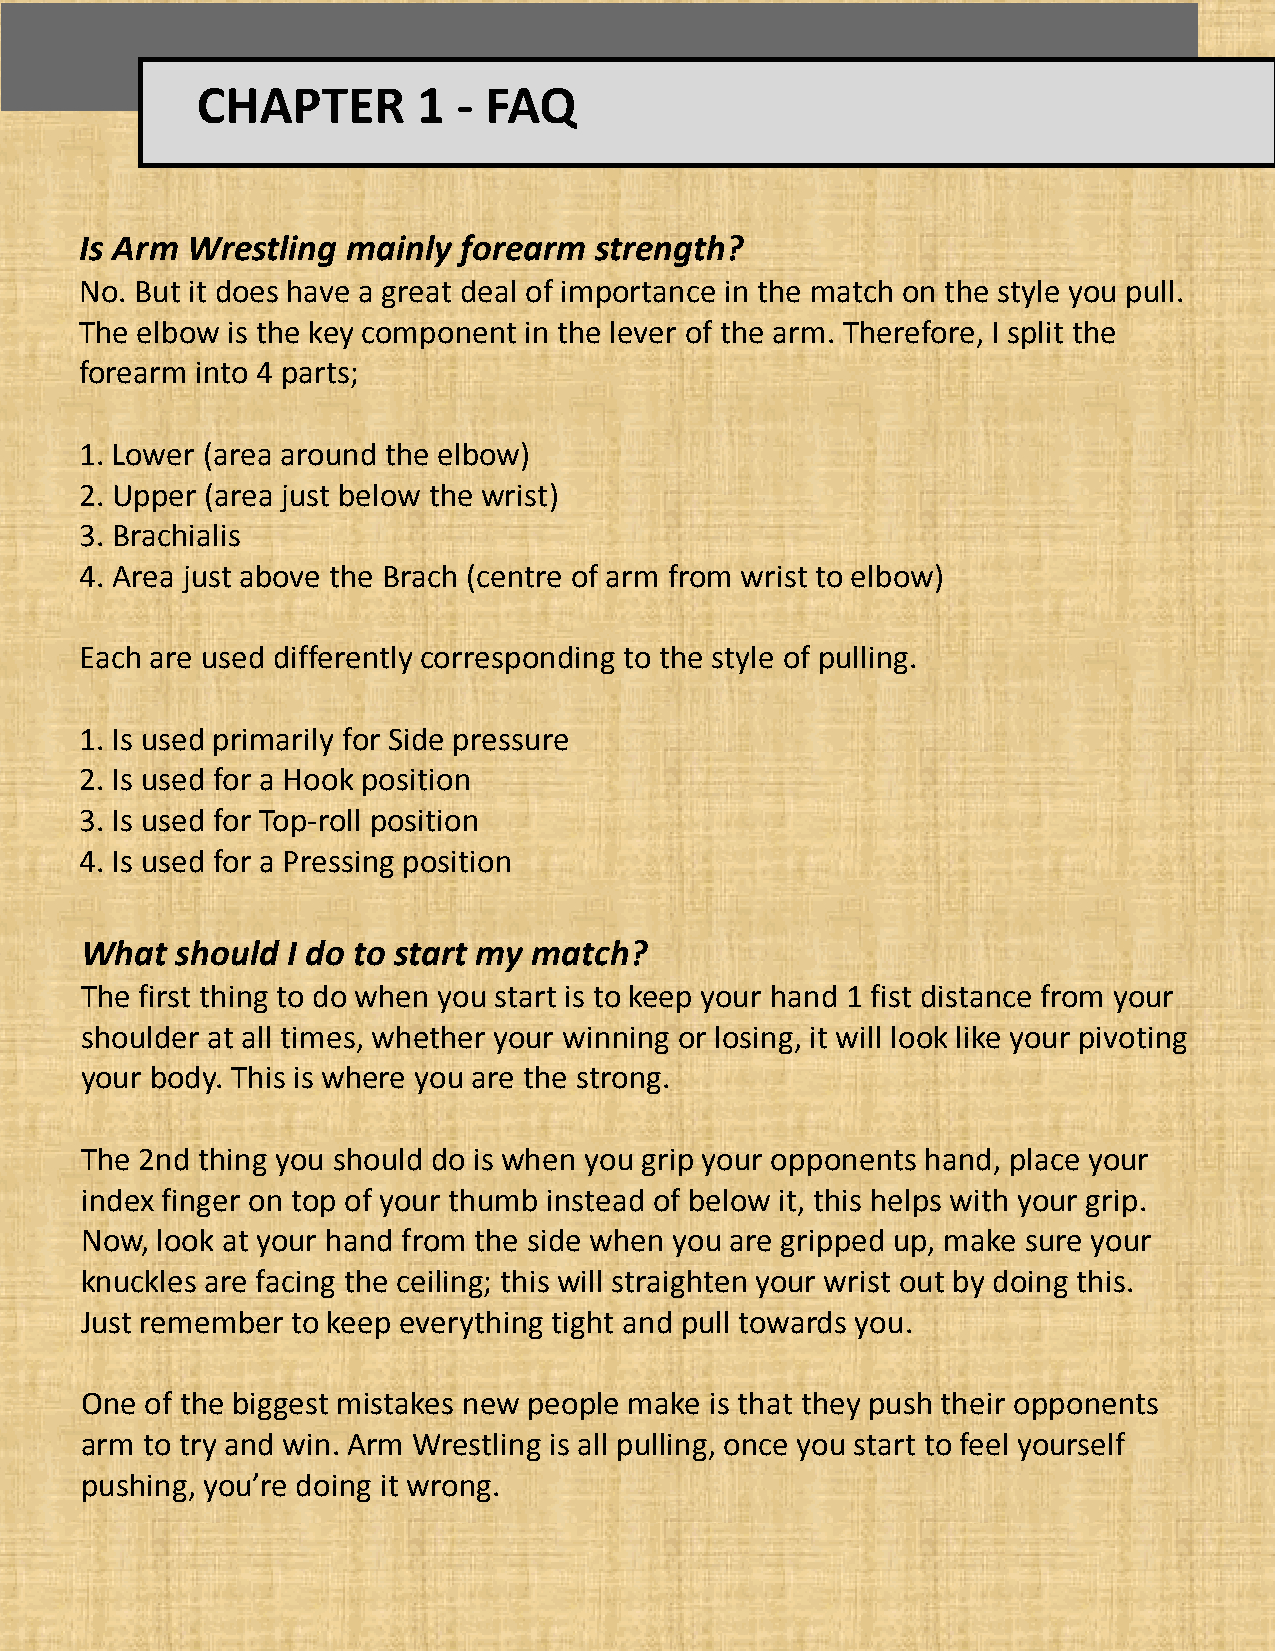
CHAPTER        1 - FAQ
 Is Arm Wrestling  mainly forearm  strength?
 No. But it does have a great deal of importance in the match on the style you pull.
 The elbow is the key component in the lever of the arm. Therefore, I split the
 forearm into 4 parts;
 1. Lower (area around the elbow)
 2. Upper (area just below the wrist)
 3. Brachialis
 4. Area just above the Brach (centre of arm from wrist to elbow)
 Each are used differently corresponding to the style of pulling.
 1. Is used primarily for Side pressure
 2. Is used for a Hook position
 3. Is used for Top-roll position
 4. Is used for a Pressing position
 What   should I do to start my match?
 The first thing to do when you start is to keep your hand 1 fist distance from your
 shoulder at all times, whether your winning or losing, it will look like your pivoting
 your body. This is where you are the strong.
 The 2nd thing you should do is when you grip your opponents hand, place your
 index finger on top of your thumb instead of below it, this helps with your grip.
 Now, look at your hand from the side when you are gripped up, make sure your
 knuckles are facing the ceiling; this will straighten your wrist out by doing this.
 Just remember to keep everything tight and pull towards you.
 One  of the biggest mistakes new people make is that they push their opponents
 arm to try and win. Arm Wrestling is all pulling, once you start to feel yourself
 pushing, you’re doing it wrong.